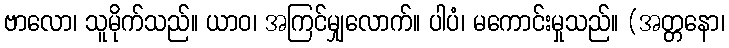
ဗာလော၊ သူမိုက်သည်။ ယာဝ၊ အကြင်မျှလောက်။ ပါပံ၊ မကောင်းမှုသည်။ (အတ္တနော၊